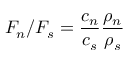
F _ { n } / F _ { s } = \frac { c _ { n } } { c _ { s } } \frac { \rho _ { n } } { \rho _ { s } }